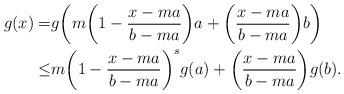
LaTeX: \begin{align*} g(x)=& g\bigg(m\bigg(1-\frac{x-ma}{b-ma}\bigg)a+\bigg(\frac{x-ma}{b-ma}\bigg)b\bigg)\\ \leq& m \bigg(1-\frac{x-ma}{b-ma}\bigg)^s g(a)+ \bigg(\frac{x-ma}{b-ma}\bigg)g(b). \end{align*}